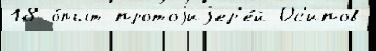
18 о́пыт протоjиjер'е́й Ос'ипов